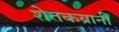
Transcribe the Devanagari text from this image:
शेतकय्रानी